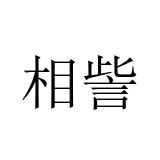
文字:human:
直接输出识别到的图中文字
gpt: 相訾